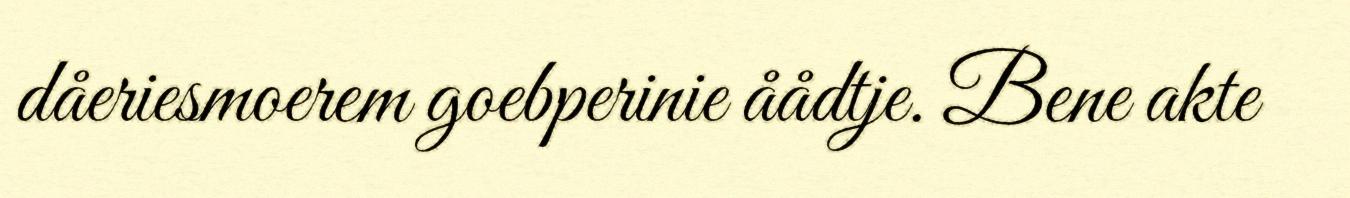
dåeriesmoerem goebperinie åådtje. Bene akte